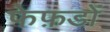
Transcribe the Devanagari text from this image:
फेफ़डों